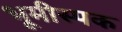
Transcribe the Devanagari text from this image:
भूमीस्पक